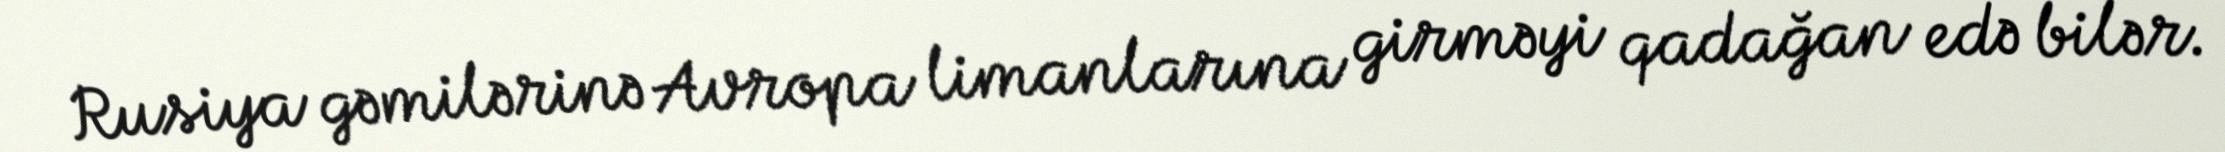
Rusiya gəmilərinə Avropa limanlarına girməyi qadağan edə bilər.